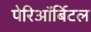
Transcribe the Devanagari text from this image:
पेरिऑर्बिटल